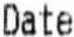
DATE